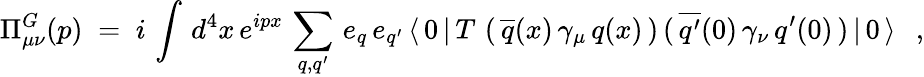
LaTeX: \Pi_{\mu\nu}^{G}(p)\; =\; i\, \int\, d^{4}x\, e^{ipx}\, \sum_{q,q^{\prime}}\, e_{q}\, e_{q^{\prime}}\, \langle\, 0\, |\, T\, \left(\, \overline{{{q}}}(x)\, \gamma_{\mu}\, q(x)\, \right)\, (\, \overline{{{q^{\prime}}}}(0)\, \gamma_{\nu}\, q^{\prime}(0)\, )\, |\, 0\, \rangle\; \; \, ,